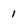
Character: 1